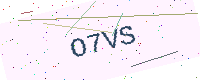
Text: O7VS